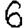
Digit: 6